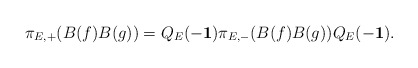
\begin{align*}\pi_{E,+}(B(f)B(g))=Q_E(-{\bf 1})\pi_{E,-}(B(f)B(g))Q_E(-{\bf 1}).\end{align*}